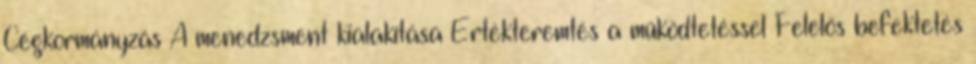
Cégkormányzás A menedzsment kialakítása Értékteremtés a működtetéssel Felelős befektetés